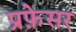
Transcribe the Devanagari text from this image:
प्रफ़ेसर